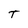
Character: T